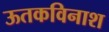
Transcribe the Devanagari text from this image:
ऊतकविनाश